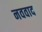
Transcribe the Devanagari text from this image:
नववाद